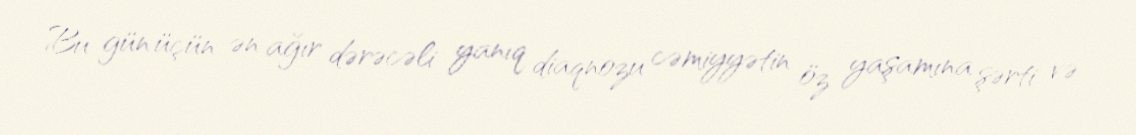
Bu gün üçün ən ağır dərəcəli yanıq diaqnozu cəmiyyətin öz yaşamına şərti və